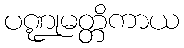
ပဏ္ဍုမတ္တိကာယ